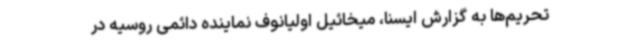
تحریم‌ها به گزارش ایسنا، میخائیل اولیانوف نماینده دائمی روسیه در